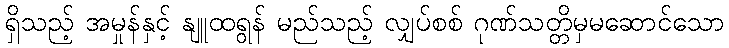
ရှိသည့် အမှုန်နှင့် နျူထရွန် မည်သည့် လျှပ်စစ် ဂုဏ်သတ္တိမှမဆောင်သော